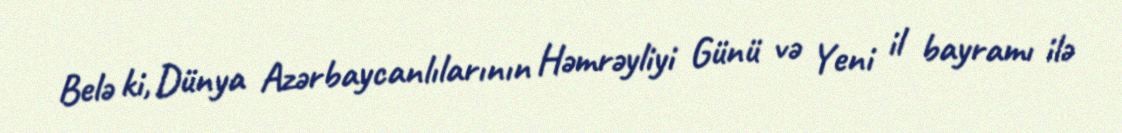
Belə ki, Dünya Azərbaycanlılarının Həmrəyliyi Günü və Yeni il bayramı ilə